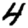
Digit: 4